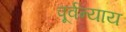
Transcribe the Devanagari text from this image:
पूर्वन्याय